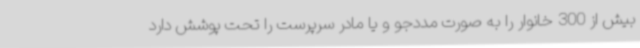
بیش از 300 خانوار را به صورت مددجو و یا مادر سرپرست را تحت پوشش دارد